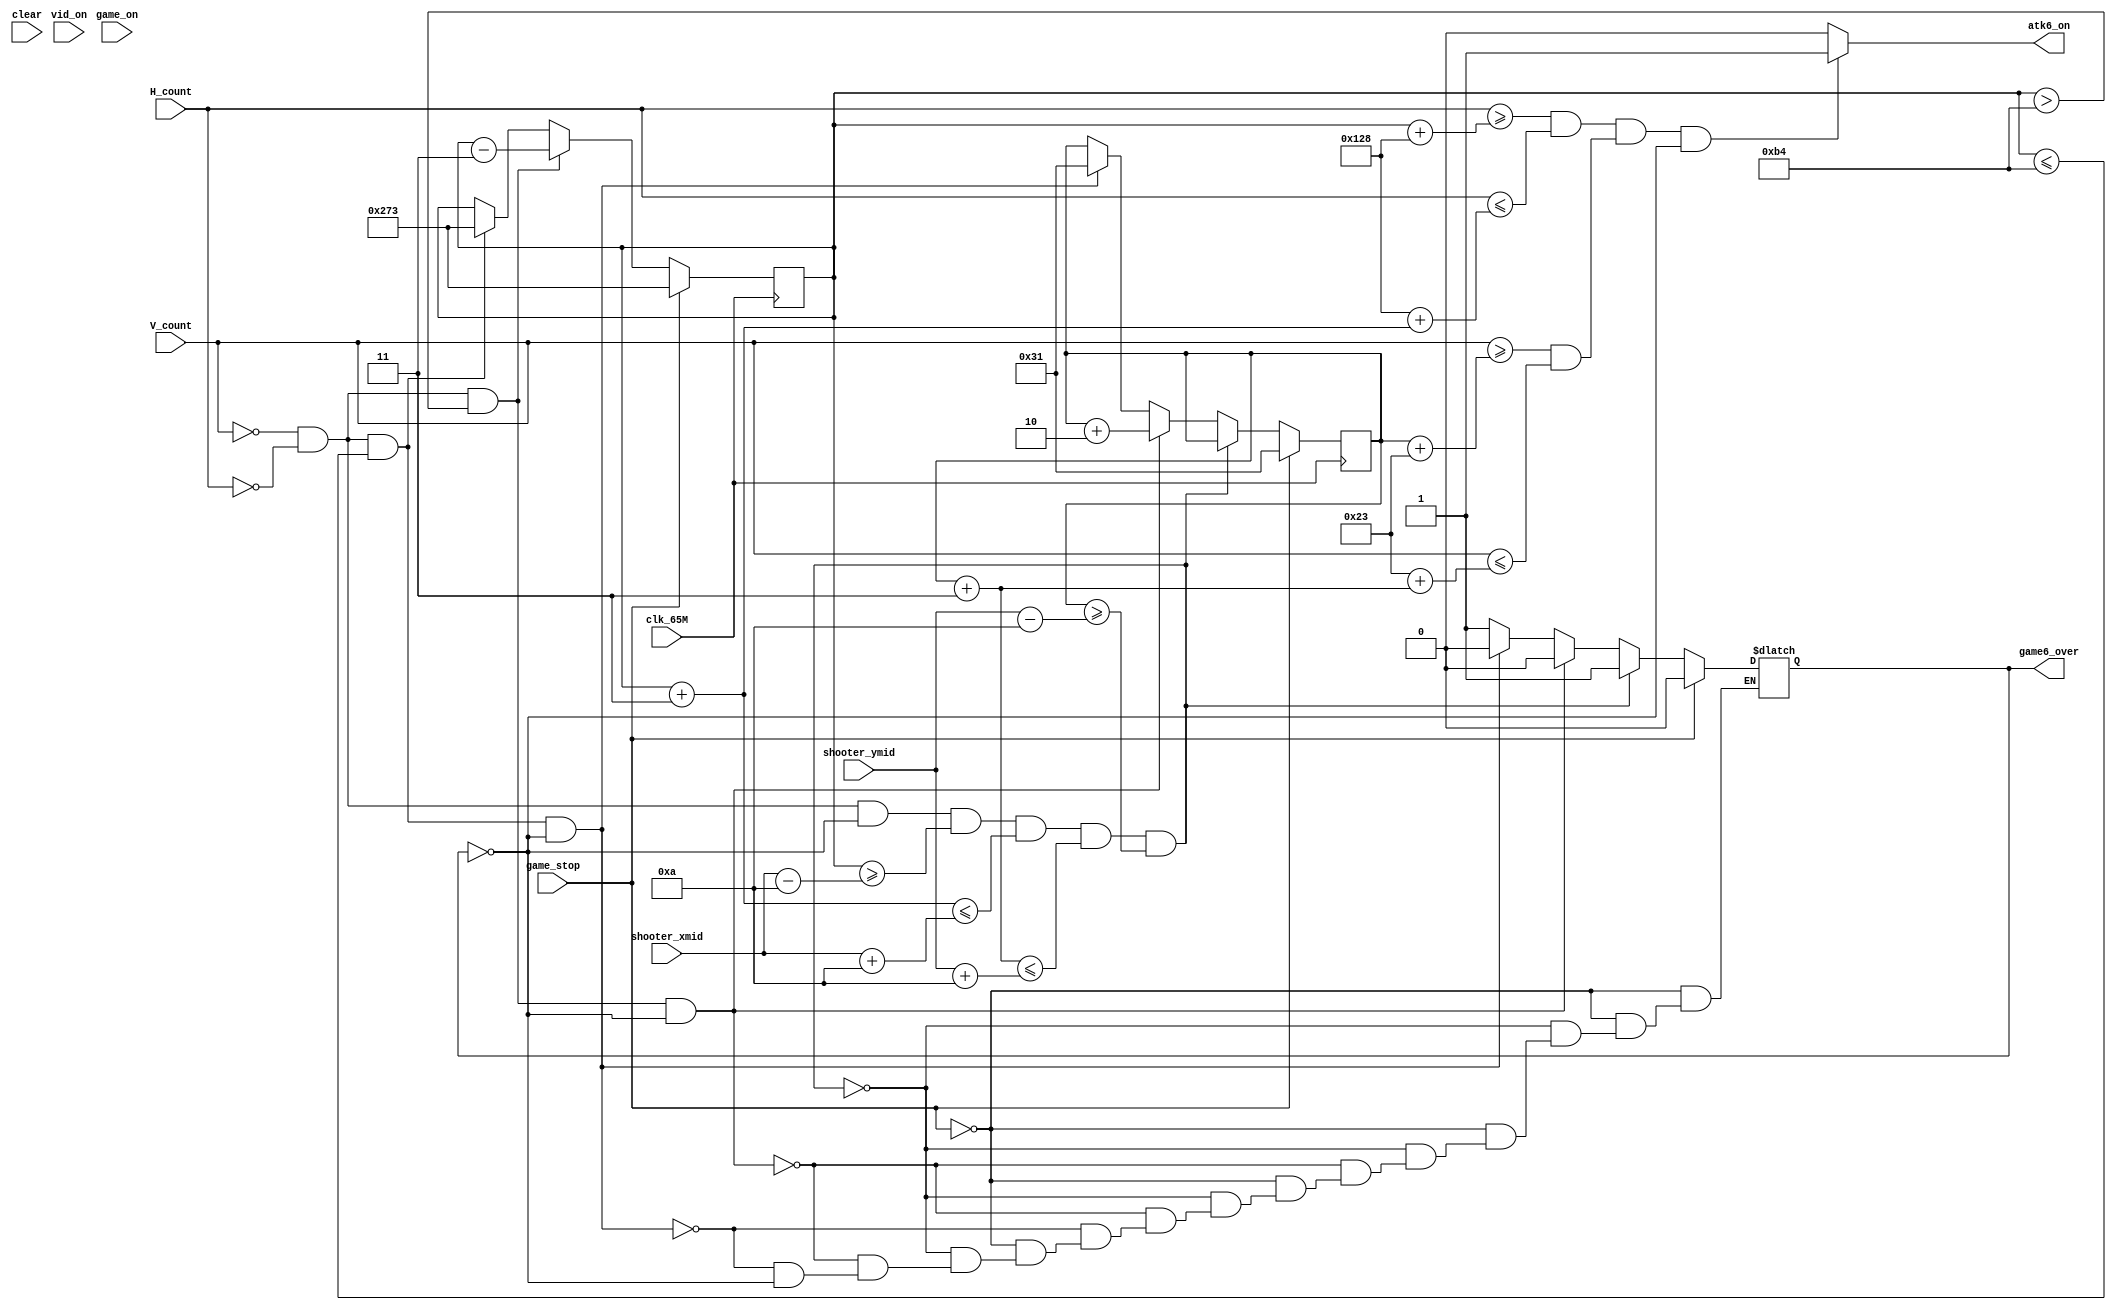
module attacker6
//#(parameter ATTK_X_START=497, parameter ATTK_Y_START=49, parameter ATTK_XVEL_DEF=1, parameter ATTK_YVEL_DEF= 5, parameter ATTK_SIZE=3)

(
    input clk_65M,
    input clear,
    input game_on,
//    input game_startp,
    input [16:0] H_count,
    input [16:0] V_count,
    input vid_on,
    input game_stop,
    input [16:0] shooter_ymid, shooter_xmid,
    output reg atk6_on, /*atk2_on, atk3_on, atk4_on, atk5_on,*/
    //output [16:0] atk_ystart, atk_xstart,
    output reg game6_over
    );
    
    parameter HBP = 296;
    parameter HFP = 1320;
    parameter VBP = 35;
    parameter VFP = 803;
    parameter HSP = 136;
    parameter VSP = 6;
    parameter WALL_1_LEFT= 170;
    parameter WALL_1_RIGHT = 180;
    parameter WALL_2_LEFT= 1000;
    parameter WALL_2_RIGHT = 1010;
    parameter WALL_4_LEFT= 180;
    parameter WALL_4_RIGHT = 1010;
    parameter WALL_2_TOP= 20;
    parameter WALL_2_BOTTOM= 750;
    parameter WALL_1_TOP= 20;
    parameter WALL_1_BOTTOM= 750;
    parameter WALL_4_TOP= 740;
    parameter WALL_4_BOTTOM= 750;
    
    parameter ATTK_X_START = 627; 
    parameter ATTK_Y_START = 49; 
    parameter ATTK_XVEL_DEF = 3; 
    parameter ATTK_YVEL_DEF = 2;
    parameter ATTK_SIZE=3;
    
    parameter SHOOTER_SIZE=10; 
    wire [16:0]atk_ystart, atk_xstart;
    wire [16:0]atk_ystop, atk_xstop;
   
    reg [16:0] atk_ystart_next, atk_ystart_reg;
    reg [16:0] atk_xstart_next, atk_xstart_reg;
    
                   
    always@(*)
    begin
    if(((H_count>=atk_xstart + HBP) && (H_count<=HBP+ atk_xstop)) &&((V_count>=atk_ystart + VBP) && (V_count<=VBP+ atk_ystop)) && game6_over == 1'b0)
        atk6_on=1;
    else
        atk6_on=0;
    end
    
    assign atk_xstart = atk_xstart_reg;
    assign atk_xstop = atk_xstart_reg + ATTK_SIZE;
    assign atk_ystart = atk_ystart_reg;
    assign atk_ystop = atk_ystart_reg + ATTK_SIZE;
               
    always@(posedge clk_65M)
    begin
    if(game_stop == 1'b1)
        begin
            atk_xstart_reg<=ATTK_X_START;
            atk_ystart_reg<=ATTK_Y_START;
        end
    else
        begin
            atk_xstart_reg<=atk_xstart_next;
            atk_ystart_reg<=atk_ystart_next;
        end
    end
    
    wire [16:0] shooter_xstart, shooter_xstop, shooter_ystart, shooter_ystop;   
    assign shooter_xstart = shooter_xmid - (SHOOTER_SIZE);
    assign shooter_xstop = shooter_xmid + (SHOOTER_SIZE);
    assign shooter_ystart = shooter_ymid - (SHOOTER_SIZE);
    assign shooter_ystop = shooter_ymid + (SHOOTER_SIZE);
    
    wire refr_tick;
    reg atk1_hit;
    assign refr_tick=((V_count==0) && (H_count==0));      
       
    always@(*)
    begin
        atk_xstart_next= atk_xstart_reg;
        if(game_stop==1'b1)
            atk_xstart_next=ATTK_X_START;   
        else if(refr_tick==1'b1 && (atk_xstart > WALL_1_RIGHT ))// && atk1_hit==1'b0)
           atk_xstart_next= atk_xstart_reg - ATTK_XVEL_DEF;
        else if(refr_tick==1'b1 && (atk_xstart <= WALL_1_RIGHT))// && atk1_hit==1'b0)
            atk_xstart_next = ATTK_X_START;    
    end
    always@(*)
    begin
        atk_ystart_next= atk_ystart_reg;
        if(game_stop==1'b1)
        begin
            atk_ystart_next = ATTK_Y_START;
            game6_over = 1'b0;
        end
        else if((refr_tick ==1'b1) && game6_over == 1'b0 && (atk_xstart >= shooter_xstart) && (atk_xstop<=shooter_xstop) && (atk_ystop<=shooter_ystop)&& (atk_ystart>=shooter_ystart))
        game6_over =1'b1;
        else if(refr_tick ==1'b1 && (atk_xstart > WALL_1_RIGHT) && game6_over == 1'b0)// && atk1_hit==1'b0)
        begin
            atk_ystart_next = atk_ystart_reg + ATTK_YVEL_DEF;   
            game6_over = 1'b0;
        end
        else if(refr_tick==1'b1 && (atk_xstart <= WALL_1_RIGHT) && game6_over == 1'b0)// && atk1_hit==1'b0)
        begin
            atk_ystart_next = ATTK_Y_START;    
            game6_over = 1'b0;
        end
        else if(game6_over == 1'b1)
            game6_over = 1'b1;
    end
    
    endmodule